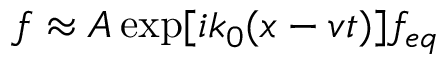
f \approx A \exp [ i k _ { 0 } ( x - v t ) ] f _ { e q }